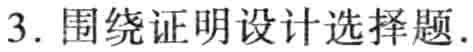
3. 围绕证明设计选择题.